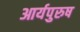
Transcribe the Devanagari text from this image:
आर्यपुरुष